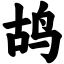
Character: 鸪